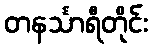
တနင်္သာရီတိုင်း